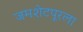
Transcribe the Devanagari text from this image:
जमशेटपूरला